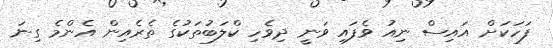
ފަހަކަށް އައިސް ނިއު ވެފައި ވަނީ ދިވެހި ކްލަބުތަކުގެ ތެރެއިން އެންމެ ގިނަ